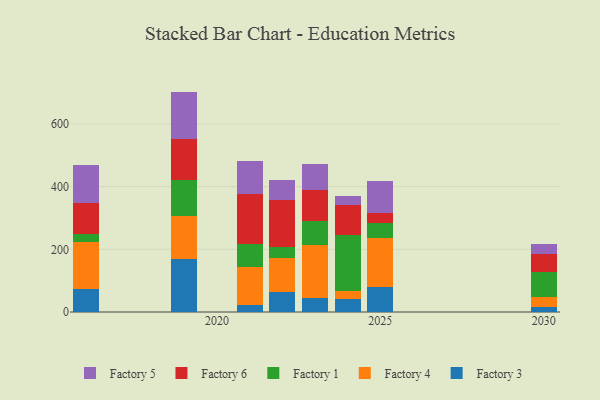
{"axis": {"x": "Year", "y": "Page Views"}, "legend": ["Factory 1", "Factory 3", "Factory 4", "Factory 5", "Factory 6"], "data": [{"x": "2021", "y": 22.8, "type": "Factory 3"}, {"x": "2021", "y": 122.0, "type": "Factory 4"}, {"x": "2021", "y": 72.0, "type": "Factory 1"}, {"x": "2021", "y": 158.4, "type": "Factory 6"}, {"x": "2021", "y": 106.8, "type": "Factory 5"}, {"x": "2022", "y": 64.9, "type": "Factory 3"}, {"x": "2022", "y": 108.7, "type": "Factory 4"}, {"x": "2022", "y": 34.4, "type": "Factory 1"}, {"x": "2022", "y": 149.5, "type": "Factory 6"}, {"x": "2022", "y": 62.0, "type": "Factory 5"}, {"x": "2024", "y": 41.6, "type": "Factory 3"}, {"x": "2024", "y": 26.5, "type": "Factory 4"}, {"x": "2024", "y": 178.0, "type": "Factory 1"}, {"x": "2024", "y": 94.8, "type": "Factory 6"}, {"x": "2024", "y": 28.6, "type": "Factory 5"}, {"x": "2019", "y": 167.6, "type": "Factory 3"}, {"x": "2019", "y": 138.0, "type": "Factory 4"}, {"x": "2019", "y": 115.0, "type": "Factory 1"}, {"x": "2019", "y": 129.9, "type": "Factory 6"}, {"x": "2019", "y": 152.5, "type": "Factory 5"}, {"x": "2030", "y": 16.7, "type": "Factory 3"}, {"x": "2030", "y": 32.7, "type": "Factory 4"}, {"x": "2030", "y": 76.8, "type": "Factory 1"}, {"x": "2030", "y": 57.9, "type": "Factory 6"}, {"x": "2030", "y": 33.9, "type": "Factory 5"}, {"x": "2023", "y": 45.5, "type": "Factory 3"}, {"x": "2023", "y": 168.0, "type": "Factory 4"}, {"x": "2023", "y": 76.0, "type": "Factory 1"}, {"x": "2023", "y": 101.1, "type": "Factory 6"}, {"x": "2023", "y": 81.2, "type": "Factory 5"}, {"x": "2025", "y": 80.1, "type": "Factory 3"}, {"x": "2025", "y": 155.2, "type": "Factory 4"}, {"x": "2025", "y": 47.5, "type": "Factory 1"}, {"x": "2025", "y": 31.7, "type": "Factory 6"}, {"x": "2025", "y": 103.8, "type": "Factory 5"}, {"x": "2016", "y": 74.6, "type": "Factory 3"}, {"x": "2016", "y": 147.3, "type": "Factory 4"}, {"x": "2016", "y": 26.1, "type": "Factory 1"}, {"x": "2016", "y": 98.4, "type": "Factory 6"}, {"x": "2016", "y": 123.1, "type": "Factory 5"}]}